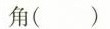
角()